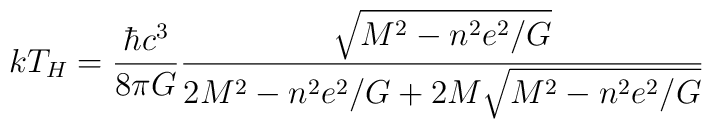
kT_H = \frac{\hbar c^3}{8\pi G}  \frac{\sqrt{M^2 - n^2e^2/G}}{2M^2 - n^2e^2/G + 2M\sqrt{M^2 - n^2e^2/G}}